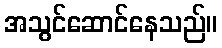
အသွင်ဆောင်နေသည်။